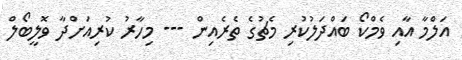
އަލްމާ އާއި ވެމްކޯ ބައްދަލުކުރި މެޗުގެ ތެރެއިން --- މިހާރު ކުރިއަށްދާ ވޮލީބޯލް